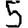
Digit: 5